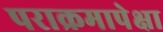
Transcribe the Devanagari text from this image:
पराक्रमापेक्षा